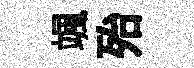
颯殆